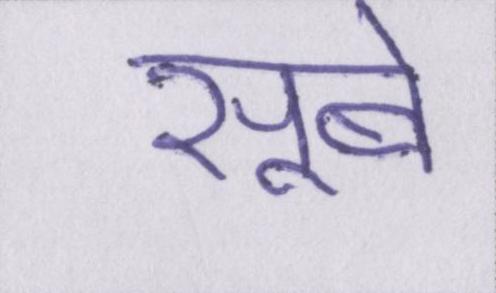
सूबे